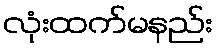
လုံးထက်မနည်း